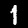
Digit: 1